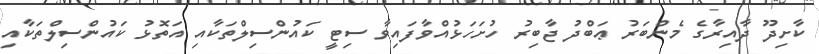
ކާށިދޫ ދާއިރާގެ މެންބަރު ޢަބްދު ޖާބިރު ހުށަހަޅުއްވާފައިވާ ސިޓީ ކައުންސިލްތަކާއި އަތޮޅު ކައުންސިލްތަކާއި